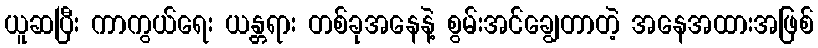
ယူဆပြီး ကာကွယ်ရေး ယန္တရား တစ်ခုအနေနဲ့ စွမ်းအင်ချွေတာတဲ့ အနေအထားအဖြစ်